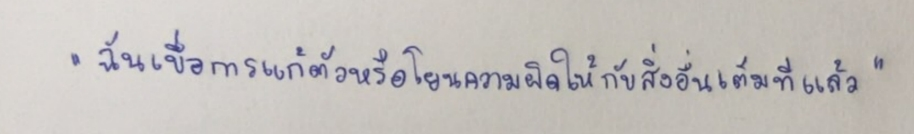
"ฉันเบื่อการแก้ตัวหรือโยนความผิดให้กับสิ่งอื่นเต็มทีแล้ว"